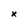
Character: X